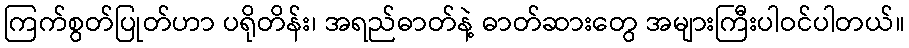
ကြက်စွတ်ပြုတ်ဟာ ပရိုတိန်း၊ အရည်ဓာတ်နဲ့ ဓာတ်ဆားတွေ အများကြီးပါဝင်ပါတယ်။